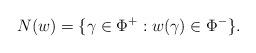
LaTeX: \begin{align*}N(w) = \{ \gamma \in \Phi^+ : w (\gamma) \in \Phi^-\}.\end{align*}